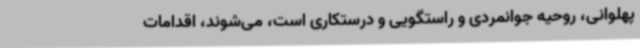
پهلوانی، روحیه جوانمردی و راستگویی و درستکاری است، می‌شوند، اقدامات